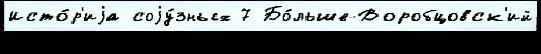
Исто́р'иjа соjу́зных 7 Бо́льше-Воробцовск'ий